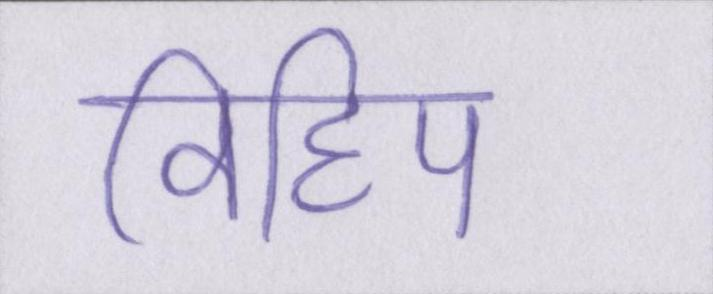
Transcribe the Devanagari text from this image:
विहिप